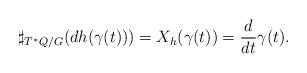
LaTeX: \begin{align*}\sharp_{T^*Q/G}(dh(\gamma(t))) = X_h(\gamma(t)) = \frac{d}{dt}\gamma(t).\end{align*}